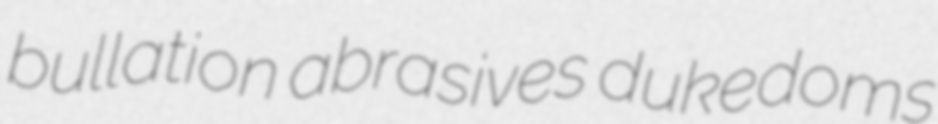
bullation abrasives dukedoms